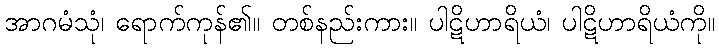
အာဂမံသုံ၊ ရောက်ကုန်၏။ တစ်နည်းကား။ ပါဋိဟာရိယံ၊ ပါဋိဟာရိယံကို။